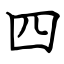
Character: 四